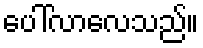
ပေါ်လာလေသည်။